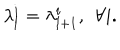
\lambda _ { l } ^ { i } = \lambda _ { l + 1 } ^ { i } , \: \: \forall i .